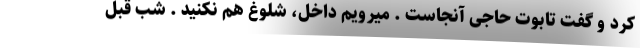
کرد و گفت تابوت حاجی آنجاست . میرویم داخل، شلوغ هم نکنید . شب قبل